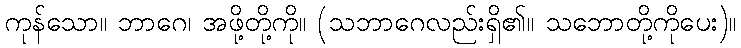
ကုန်သော။ ဘာဂေ၊ အဖို့တို့ကို။ (သဘာဂေလည်းရှိ၏။ သဘောတို့ကိုပေး)။